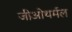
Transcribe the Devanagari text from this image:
जीओथर्मल